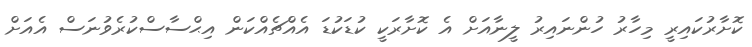
ކޮށާރުކައިރީ މިހާރު ހުންނައިރު ލީނާއަށް އެ ކޮށާރަކީ ކުޑަކުޑަ އެއްޗެއްކަން އިޙްސާސްކުރެވުނަސް އެއަށް